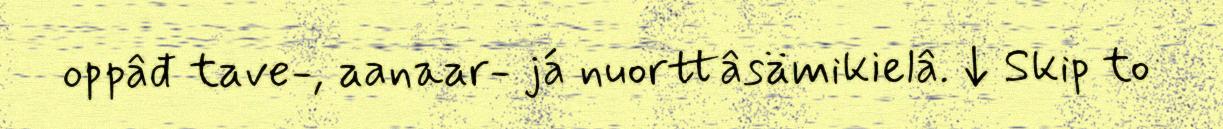
oppâđ tave-, aanaar- já nuorttâsämikielâ. ↓ Skip to